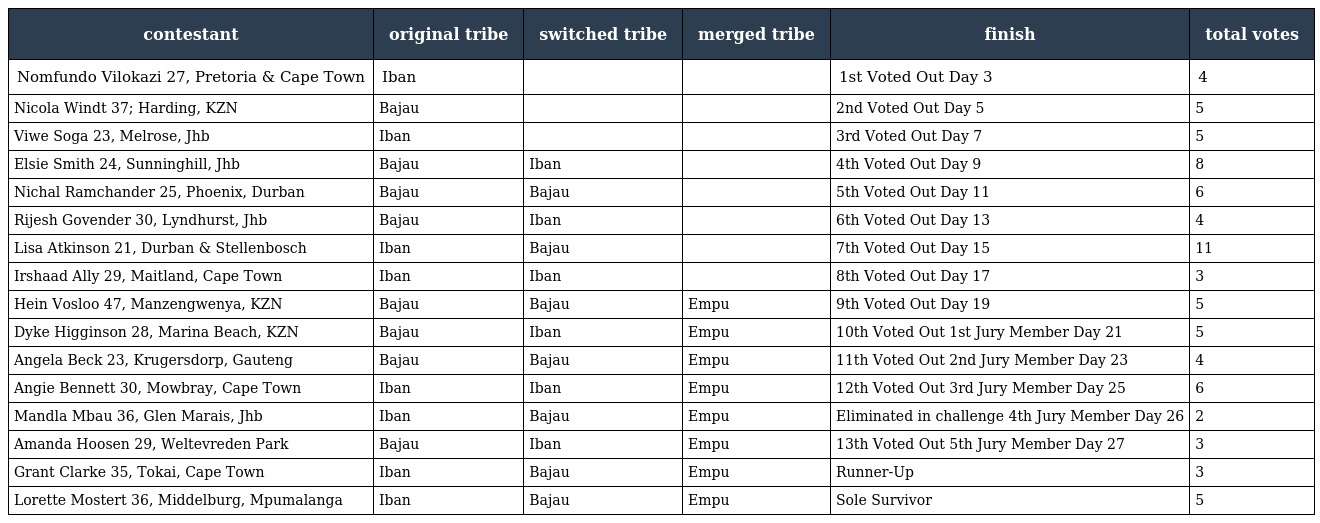
| contestant | original tribe | switched tribe | merged tribe | finish | total votes |
 | --- | --- | --- | --- | --- | --- |
 | Nomfundo Vilokazi 27, Pretoria & Cape Town | Iban |  |  | 1st Voted Out Day 3 | 4 |
 | Nicola Windt 37; Harding, KZN | Bajau |  |  | 2nd Voted Out Day 5 | 5 |
 | Viwe Soga 23, Melrose, Jhb | Iban |  |  | 3rd Voted Out Day 7 | 5 |
 | Elsie Smith 24, Sunninghill, Jhb | Bajau | Iban |  | 4th Voted Out Day 9 | 8 |
 | Nichal Ramchander 25, Phoenix, Durban | Bajau | Bajau |  | 5th Voted Out Day 11 | 6 |
 | Rijesh Govender 30, Lyndhurst, Jhb | Bajau | Iban |  | 6th Voted Out Day 13 | 4 |
 | Lisa Atkinson 21, Durban & Stellenbosch | Iban | Bajau |  | 7th Voted Out Day 15 | 11 |
 | Irshaad Ally 29, Maitland, Cape Town | Iban | Iban |  | 8th Voted Out Day 17 | 3 |
 | Hein Vosloo 47, Manzengwenya, KZN | Bajau | Bajau | Empu | 9th Voted Out Day 19 | 5 |
 | Dyke Higginson 28, Marina Beach, KZN | Bajau | Iban | Empu | 10th Voted Out 1st Jury Member Day 21 | 5 |
 | Angela Beck 23, Krugersdorp, Gauteng | Bajau | Bajau | Empu | 11th Voted Out 2nd Jury Member Day 23 | 4 |
 | Angie Bennett 30, Mowbray, Cape Town | Iban | Iban | Empu | 12th Voted Out 3rd Jury Member Day 25 | 6 |
 | Mandla Mbau 36, Glen Marais, Jhb | Iban | Bajau | Empu | Eliminated in challenge 4th Jury Member Day 26 | 2 |
 | Amanda Hoosen 29, Weltevreden Park | Bajau | Iban | Empu | 13th Voted Out 5th Jury Member Day 27 | 3 |
 | Grant Clarke 35, Tokai, Cape Town | Iban | Bajau | Empu | Runner-Up | 3 |
 | Lorette Mostert 36, Middelburg, Mpumalanga | Iban | Bajau | Empu | Sole Survivor | 5 |